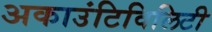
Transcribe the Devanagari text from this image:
अकाउंटिविलिटी